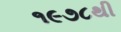
૧૯૭૮થી